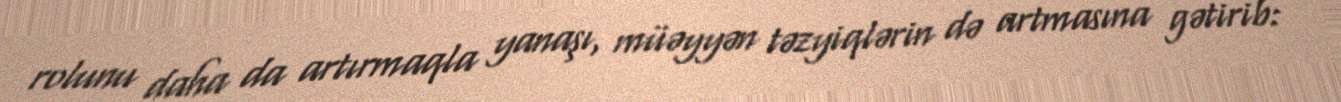
rolunu daha da artırmaqla yanaşı, müəyyən təzyiqlərin də artmasına gətirib: